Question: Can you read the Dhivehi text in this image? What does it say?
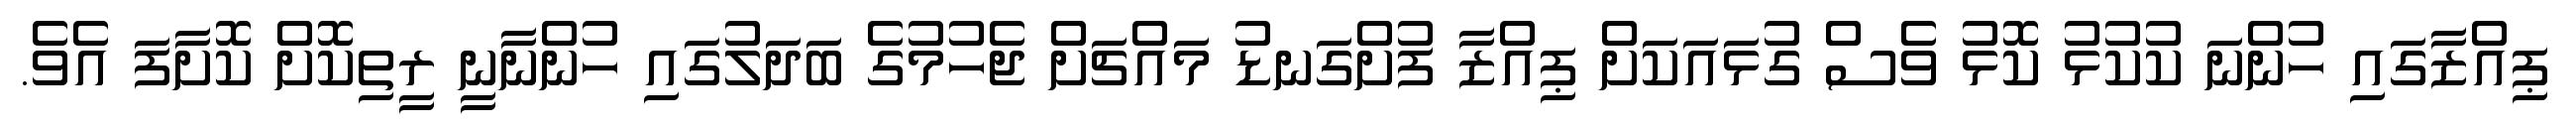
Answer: ޕިއްޒާގައި ހުންނަ ކުކުޅު ކޮޅު ވެސް ގުޅައަކަށް ޕިއްޒާ ފުށްގަނޑު މައްޗަށް ޖެހުމުގެ ބަދަލުގައި ހުންނާނީ ރީތިކޮށް ކޮށާފަ އެވެ.